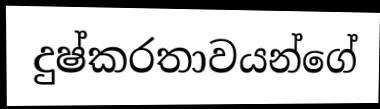
දුෂ්කරතාවයන්ගේ